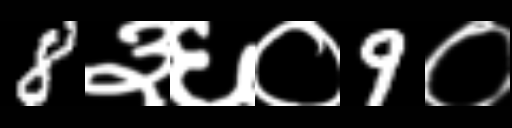
Text: 8३६०9०